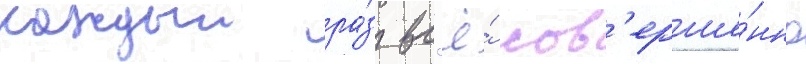
каждыи ра́з вс'ё́ сов'ерше́нно